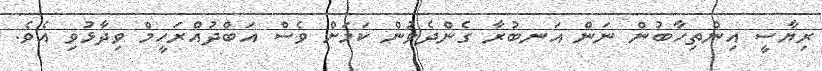
ރިޔާސީ އިންތިހާބުން ނަން އަނބުރާ ގެންދެވުން ކަމަށް ވެސް އަބްދުއްރަހީމް ވިދާޅުވި އެވެ.